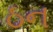
ઠન